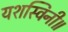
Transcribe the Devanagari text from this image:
यशस्विनी॥